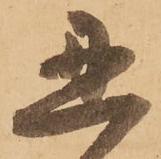
忍